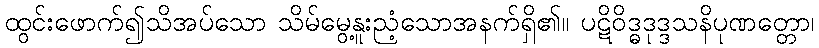
ထွင်းဖောက်၍သိအပ်သော သိမ်မွေ့နူးညံ့သောအနက်ရှိ၏။ ပဋိဝိဒ္ဓဒုဒ္ဒသနိပုဏတ္တော၊